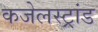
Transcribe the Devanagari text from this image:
कजेलस्ट्रांड